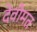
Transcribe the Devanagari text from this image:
देवीमत